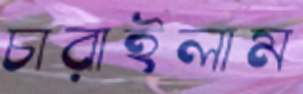
চারাইলাম